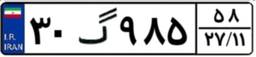
۳۰گ۹۸۵۵۸